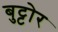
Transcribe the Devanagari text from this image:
बुट्टोर